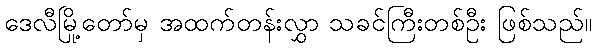
ဒေလီမြို့တော်မှ အထက်တန်းလွှာ သခင်ကြီးတစ်ဦး ဖြစ်သည်။